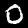
Label: 0